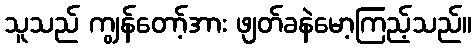
သူသည် ကျွန်တော့်အား ဖျတ်ခနဲမော့ကြည့်သည်။